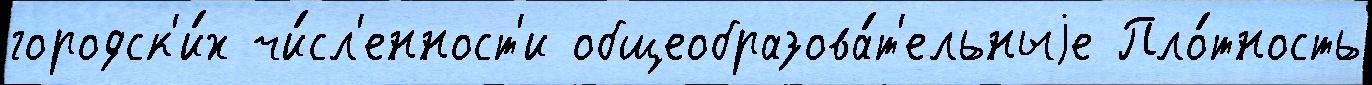
городск'и́х чи́сл'енност'и общеобразова́т'ельныjе Пло́тность